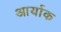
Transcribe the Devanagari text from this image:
आर्याक